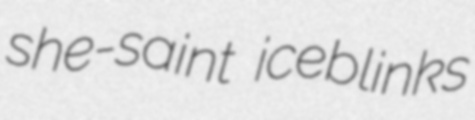
she-saint iceblinks